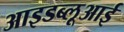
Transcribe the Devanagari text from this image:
आइडब्लूआई